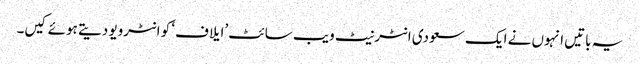
یہ باتیں انہوں نے ایک سعودی انٹرنیٹ ویب سائٹ ’ایلاف‘ کو انٹرویو دیتے ہوئے کیں۔